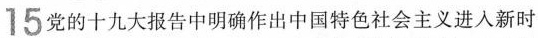
15党的十九大报告中明确作出中国特色社会主义进入新时